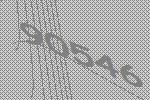
90546